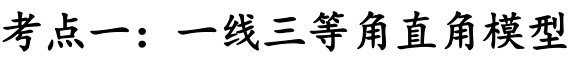
考点一：一线三等角直角模型